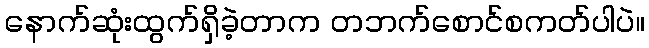
နောက်ဆုံးထွက်ရှိခဲ့တာက တဘက်စောင်စကတ်ပါပဲ။